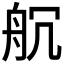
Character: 𮎃